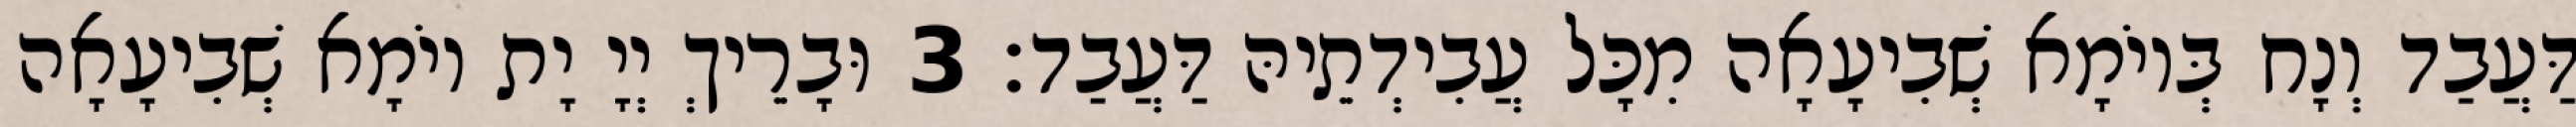
דַּעֲבַד וְנָח בְּיוֹמָא שְׁבִיעָאָה מִכָּל עֲבִידְתֵיהּ דַּעֲבַד׃ 3 וּבָרֵיךְ יְיָ יָת יוֹמָא שְׁבִיעָאָה